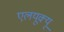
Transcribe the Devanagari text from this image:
एलयूक्यू